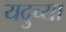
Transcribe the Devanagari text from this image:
यदुच्या